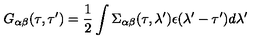
G _ { \alpha \beta } ( \tau , \tau ^ { \prime } ) = \frac { 1 } { 2 } \int \Sigma _ { \alpha \beta } ( \tau , \lambda ^ { \prime } ) \epsilon ( \lambda ^ { \prime } - \tau ^ { \prime } ) d \lambda ^ { \prime }